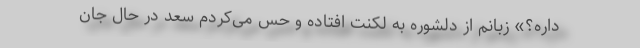
داره؟» زبانم از دلشوره به لکنت افتاده و حس می‌کردم سعد در حال جان